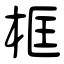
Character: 框